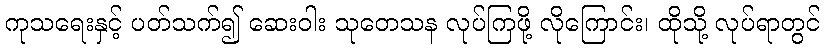
ကုသရေးနှင့် ပတ်သက်၍ ဆေးဝါး သုတေသန လုပ်ကြဖို့ လိုကြောင်း၊ ထိုသို့ လုပ်ရာတွင်